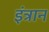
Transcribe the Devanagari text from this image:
इंत्रान